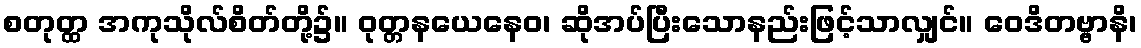
စတုတ္ထ အကုသိုလ်စိတ်တို့၌။ ဝုတ္တနယေနေဝ၊ ဆိုအပ်ပြီးသောနည်းဖြင့်သာလျှင်။ ဝေဒိတဗ္ဗာနိ၊